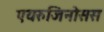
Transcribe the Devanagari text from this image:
एयरुजिनोसस